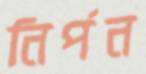
নির্পন